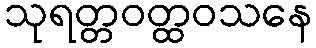
သုရတ္တဝတ္ထဝသနေ